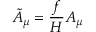
\tilde { A } _ { \mu } = \frac { f } { H } A _ { \mu }